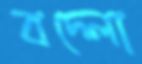
বদ্‌লো